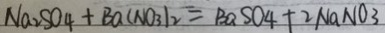
N a _ { 2 } S O _ { 4 } + B a ( N O _ { 3 } ) _ { 2 } = B a S O _ { 4 } + 2 N a N O _ { 3 }